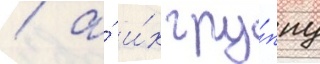
/ а́ и́х гру́ппу